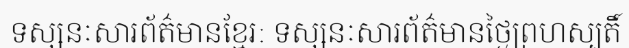
ទស្សនៈសារព័ត៌មានខ្មែរ: ទស្សនៈសារព័ត៌មានថ្ងៃព្រហស្បតិ៍